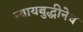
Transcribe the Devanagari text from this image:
न्यायबुद्धीनेच